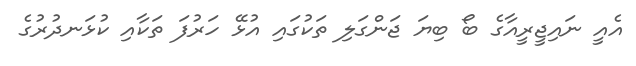
އެއީ ނައިޖީރީއާގެ ބޯ ބިޔަ ޖަންގަލި ތަކުގައި އުޅޭ ހަރުފަ ތަކާއި ކުޅަނދުރުގެ